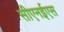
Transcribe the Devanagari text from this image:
सीएनईएस